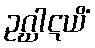
ဥဂ္ဃါဋယိံ